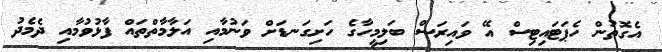
އެގޮތުން ހެޕަޓައިޓިސް އޭ ވައިރަސް ބަލިމީހާގެ ހަށިގަނޑަށް ވަނުމާއި އަލާމާތްތައް ފާޅުވުމާއި ދެމެދު